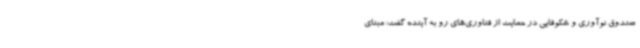
صندوق نوآوری و شکوفایی در حمایت از فناوری‌های رو به آینده گفت: مبنای